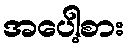
အပေါ့စား